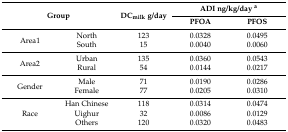
<table><thead><tr><td rowspan="2" colspan="2"><b>Group</b></td><td rowspan="2"><b>DC<sub>milk</sub> g/day</b></td><td colspan="2"><b>ADI ng/kg/day <sup>a</sup></b></td></tr><tr><td><b>PFOA</b></td><td><b>PFOS</b></td></tr></thead><tbody><tr><td rowspan="2">Area1</td><td>North</td><td>123</td><td>0.0328</td><td>0.0495</td></tr><tr><td>South</td><td>15</td><td>0.0040</td><td>0.0060</td></tr><tr><td rowspan="2">Area2</td><td>Urban</td><td>135</td><td>0.0360</td><td>0.0543</td></tr><tr><td>Rural</td><td>54</td><td>0.0144</td><td>0.0217</td></tr><tr><td rowspan="2">Gender</td><td>Male</td><td>71</td><td>0.0190</td><td>0.0286</td></tr><tr><td>Female</td><td>77</td><td>0.0205</td><td>0.0310</td></tr><tr><td rowspan="3">Race</td><td>Han Chinese</td><td>118</td><td>0.0314</td><td>0.0474</td></tr><tr><td>Uighur</td><td>32</td><td>0.0086</td><td>0.0129</td></tr><tr><td>Others</td><td>120</td><td>0.0320</td><td>0.0483</td></tr></tbody></table>